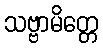
သဗ္ဗာမိတ္တေ